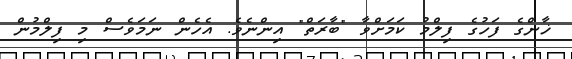
ޚާންގެ ފަހުގެ ފިލްމު ކަމަށްވާ "ބާރަތް" އިންނެވެ. އެހެން ނަމަވެސް މި ފިލްމުން